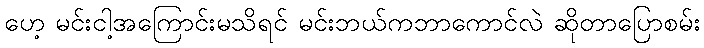
ဟေ့ မင်းငါ့အကြောင်းမသိရင် မင်းဘယ်ကဘာကောင်လဲ ဆိုတာပြောစမ်း